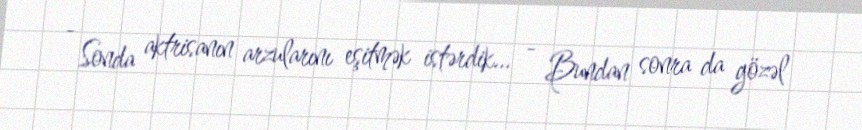
- Sonda aktrisanın arzularını eşitmək istərdik... - Bundan sonra da gözəl